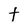
Character: t